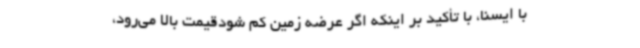
با ایسنا، با تأکید بر اینکه اگر عرضه زمین کم شودقیمت بالا می‌رود،